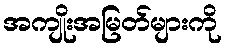
အကျိုးအမြတ်များကို